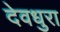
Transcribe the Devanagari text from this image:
देवधुरा